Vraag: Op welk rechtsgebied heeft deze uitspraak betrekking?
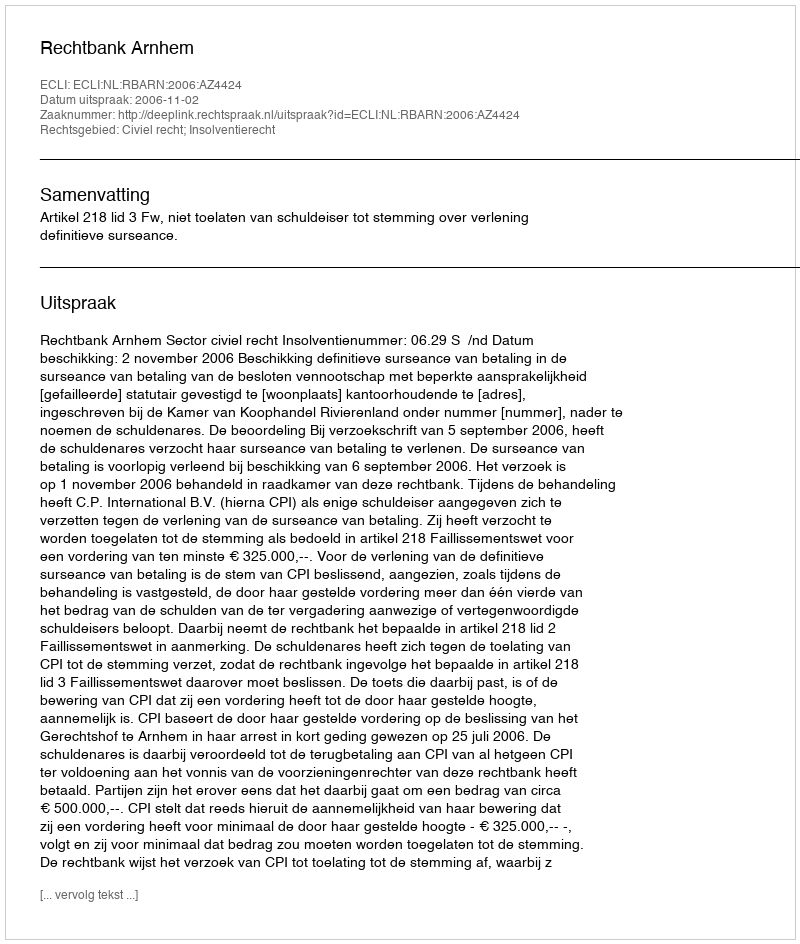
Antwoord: Civiel recht; Insolventierecht